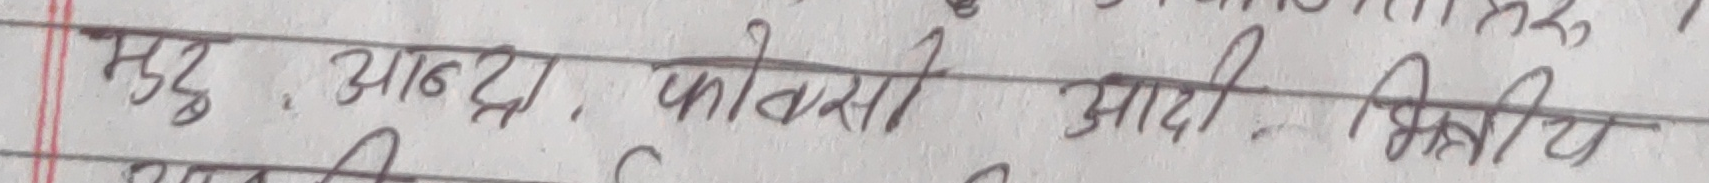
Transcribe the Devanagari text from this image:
मधु . आन्द्रा . फोकस . आदि . किचिय